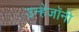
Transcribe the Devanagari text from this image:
उन्हेंजॉनी